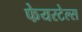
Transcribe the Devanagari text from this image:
फेयरटेल्स